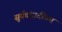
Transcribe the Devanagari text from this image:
सूर्यचंद्रादींच्या